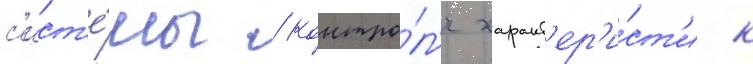
с'ист'е́мы / контро́л'я характ'ер'и́ст'ик